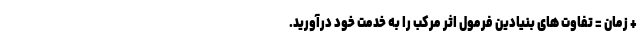
+ زمان = تفاوت های بنیادین فرمول اثر مرکب را به خدمت خود درآورید.